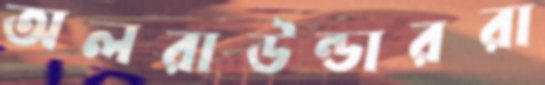
অলরাউন্ডাররা